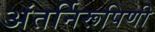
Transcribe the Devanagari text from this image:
अंतर्निरूपिणी